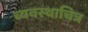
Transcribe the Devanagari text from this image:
व्यवस्थाचित्र